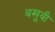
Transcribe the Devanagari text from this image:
बखू़बी